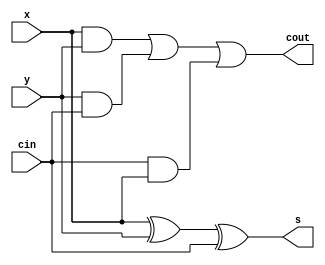
module FullAdderStructure(x,y,cin,cout,s);
input x,y,cin;
output cout,s;
wire w1,w2,w3,w4,w5;

and a1(w1,x,y);
and a2(w2,y,cin);
and a3(w3,cin,x);
or o1(w4,w1,w2);
or o2(cout,w4,w3);
xor x1(w5,x,y);
xor x2(s,w5,cin);
endmodule